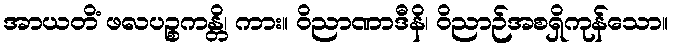
အာယတိံ ဖလပဉ္စကန္တိ၊ ကား။ ဝိညာဏာဒီနိ၊ ဝိညာဉ်အစရှိကုန်သော။